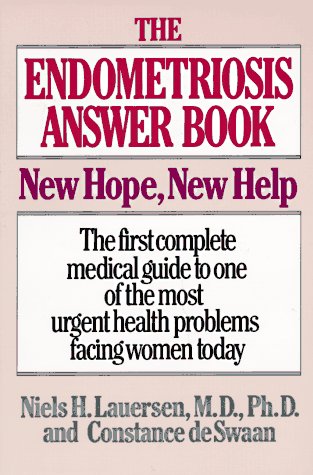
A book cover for The Endometriosis Answer Book: New Hope, New Help; Niels H. Lauersen; Health, Fitness & Dieting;